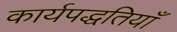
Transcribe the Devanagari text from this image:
कार्यपद्धतियाँ